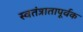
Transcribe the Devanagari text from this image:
स्वतंत्रातापूर्वक